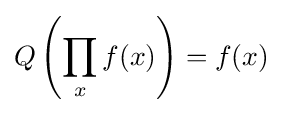
Q\left(\prod _{x}f(x)\right)=f(x)